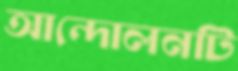
আন্দোলনটি